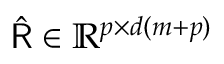
\hat { { \sf R } } \in \mathbb { R } ^ { p \times d ( m + p ) }